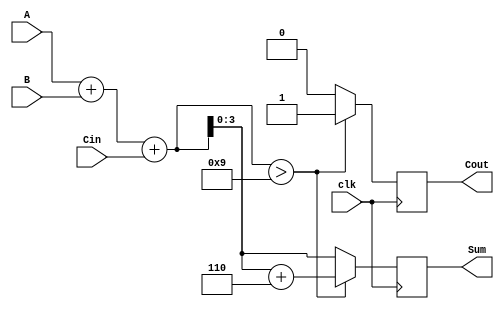
module BCD_Synchronous_Adder (
    input wire [3:0] A,      // First BCD digit (0-9)
    input wire [3:0] B,      // Second BCD digit (0-9)
    input wire clk,          // Clock signal
    input wire Cin,          // Carry input for multi-digit addition
    output reg [3:0] Sum,    // BCD output (result)
    output reg Cout          // Carry output
);

    reg [4:0] S;             // 5-bit sum to accommodate overflow

    always @(posedge clk) begin
        // Step 1: Perform binary addition
        S = A + B + Cin;      // Add A, B, and carry input

        // Step 2: Check if correction is needed
        if (S > 9) begin
            S = S + 6;        // Apply correction by adding 6
            Cout = 1;        // Set carry out
        end else begin
            Cout = 0;        // No carry out
        end

        // Step 3: Assign the valid BCD result
        Sum = S[3:0];         // Assign the lower 4 bits to Sum
    end

endmodule